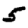
Digit: 5